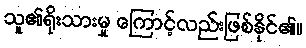
သူ၏ရိုးသားမှု ကြောင့်လည်းဖြစ်နိုင်၏။